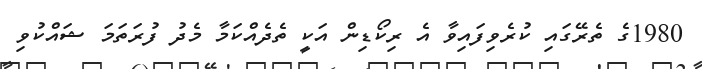
1980ގެ ތެރޭގައި ކުރެވިފައިވާ އެ ރިކޯޑިން އަކީ ތެދެއްކަމާ މެދު ފުރަތަމަ ޝައްކުވި